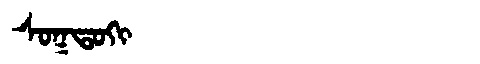
Manchu: ᠰᠣᡴᡨᠣᡴᡳ
Romanization: SOKTOKI